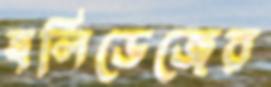
হলিডেজের